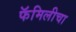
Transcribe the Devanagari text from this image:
फॅमिलीचा